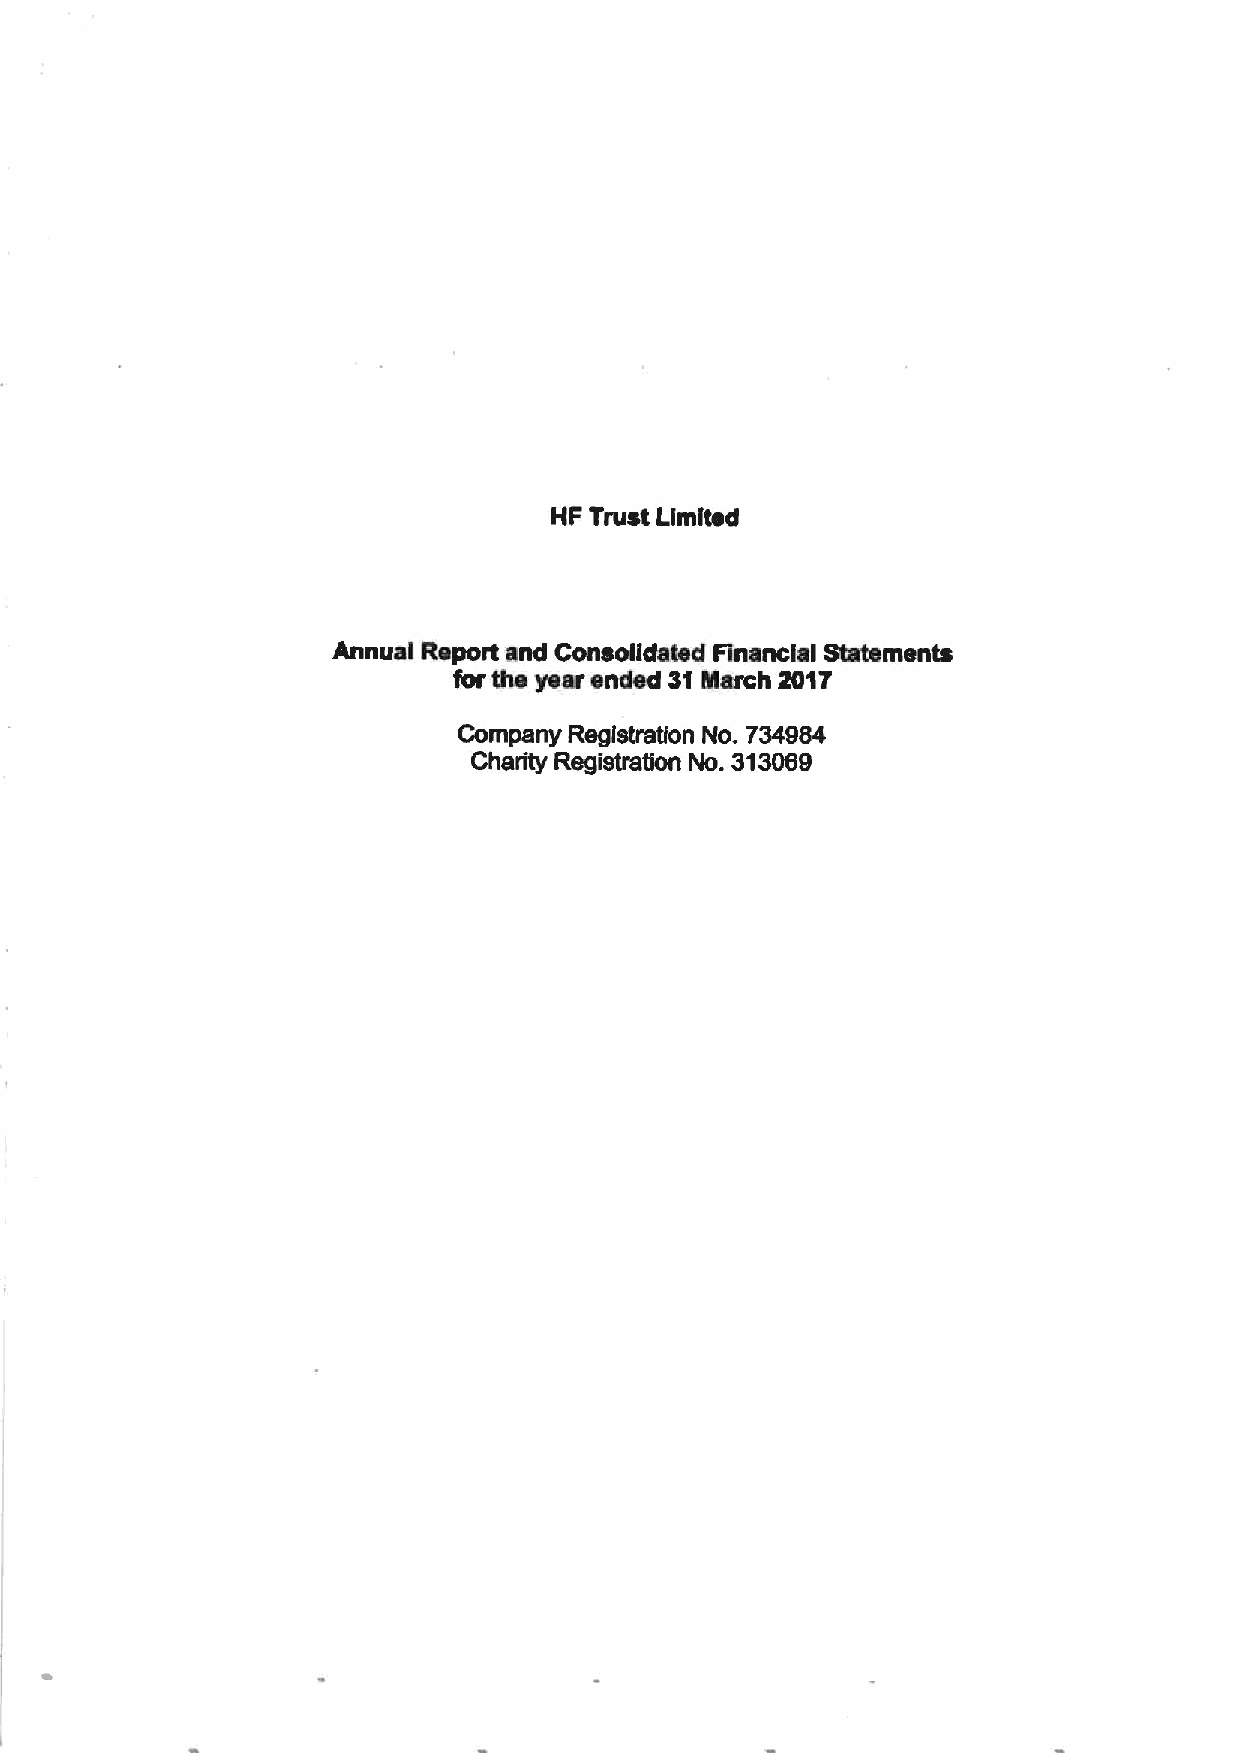
HF Trust Limited
 Annual Report and Consolidated Financial Statements
 $or the year ended 31Inarch 2017
 Company Registration No. 734984
 Charity Registra5on No. 313069